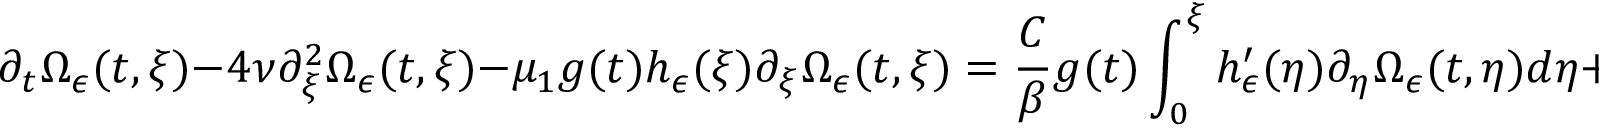
\partial _ { t } \Omega _ { \epsilon } ( t , \xi ) - 4 \nu \partial _ { \xi } ^ { 2 } \Omega _ { \epsilon } ( t , \xi ) - \mu _ { 1 } g ( t ) h _ { \epsilon } ( \xi ) \partial _ { \xi } \Omega _ { \epsilon } ( t , \xi ) = \frac { C } { \beta } g ( t ) \int _ { 0 } ^ { \xi } h _ { \epsilon } ^ { \prime } ( \eta ) \partial _ { \eta } \Omega _ { \epsilon } ( t , \eta ) d \eta + a ( t , \xi )